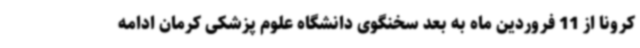
کرونا از 11 فروردین ماه به بعد سخنگوی دانشگاه علوم پزشکی کرمان ادامه